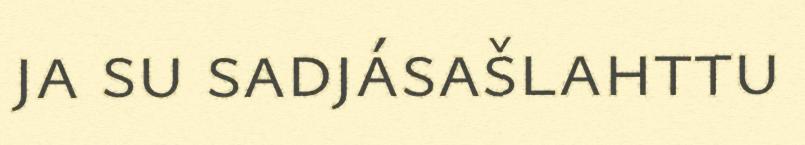
ja su sadjásašlahttu